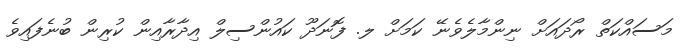
މަސައްކަތް ރޯދައަށް ނިންމާލެވެނޭ ކަމަށް ލ. ފޮނަދޫ ކައުންސިލް އިދާރާއިން ކުރިން ބުނެފައިވެ